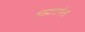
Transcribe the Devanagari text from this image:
ब्राह्मसभेस